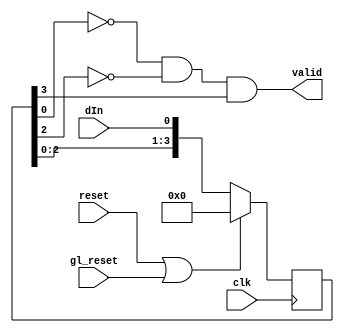
// Universal Asynchronous Receiver

        // Start detection
        module start_detect (valid, clk, reset, gl_reset, dIn);
        output       valid;
        input        clk, reset, gl_reset, dIn;
        reg    [3:0] shift_reg;

        always @ (posedge clk) begin
             if (reset | gl_reset)
                  shift_reg = 0;
             else
                  shift_reg = { shift_reg[2:0], dIn };
             end

        assign valid = (shift_reg [0] == 0) &
                       (shift_reg [2] == 0) &
                       (shift_reg [3] == 1);

        endmodule

        // controller
        module counter (count72, count8, clk, enable);
        output       count72, count8;
        input        clk, enable;
        wire         each8;
        reg    [8:0] count_reg;

        always @ (posedge clk)
             if (enable == 0)
                  count_reg <= 0;
             else begin
                  count_reg <= count_reg + 9'd1;
             end

        assign each8   = ((count_reg % 8) == 7);
        assign count72 = (count_reg == 71);
        assign count8  = each8 & ~count72;

        endmodule

        // serial parallel converter
        module ser_par_conv (dOut, clk, enable, dIn);
        output [7:0] dOut;
        input        clk, enable, dIn;
        reg    [7:0] dOut;

        always @ (posedge clk)
             if (enable == 1)
                  dOut = {dIn, dOut[7:1]};

        endmodule

        // flags for ready and data error
        module flags (dReady, dError, clk, set, gl_reset, reset, dIn);
        output dReady, dError;
        input  clk, set, gl_reset, reset, dIn;
        reg    dReady, dError;

        always @(posedge clk)
             if ((reset == 1) | (gl_reset == 1) | (dReady == 1)) begin
                  dReady = 0;
                  dError = 0;
                  end
             else if (set == 1) begin
                  dReady <= dIn;
                  dError <= ~dIn;
                  end

//        initial $monitor("dReady %b %b", dReady, dError, $time);

        endmodule

        // generating the run signals
        module control (running, clk, reset, gl_reset, set);
        output running;
        input  clk, reset, gl_reset, set;
        reg    running;

        always @ (posedge clk)
             if ((reset == 1) | (gl_reset == 1))
                  running  =  0;
             else if (set == 1)
                  running = 1;
        endmodule

        // overall receiver definition
        module uar (dOut, dReady, dError, clk, gl_reset, dIn);
        output [7:0] dOut;
        output       dReady, dError;
        input        clk, gl_reset, dIn;

        wire         running, finish, count8, start;

        start_detect s_d (start, clk, running, gl_reset, dIn);
        counter      cov (finish, count8, clk, running);
        ser_par_conv s_p (dOut, clk, count8, dIn);
        flags        fla (dReady, dError, clk, finish, gl_reset, start, dIn);
        control      con (running, clk, finish, gl_reset, start);

        endmodule

/*
        // test module
        module mytest;
        reg   clk, gl_reset, dIn;
        wire  [7:0] dOut;
        wire  dReady, dError;

        reg [7:0] inWord;

        uar mod1 (dOut, dReady, dError, clk, gl_reset, dIn);

        always #5 clk = ~clk;

        initial begin

             #0
             clk = 0;
             gl_reset = 1;
             inWord = 0;
             dIn = 1;
             #10
             gl_reset = 0;

             #80
             repeat (4) begin
                  // start of cycle

                  inWord = {$random} /2 % 128;
                  dIn = 1;

                  #80
                  dIn = 0;
                  #80
                  $display ("inWord = %b", inWord, $time);
                  repeat (8) begin
                       dIn    <= inWord[0];
                       inWord <= inWord >> 1;
                       #80;
                       end
                  $display ("outWord = %b (%b %b)", dOut, dReady, dError);
                  end
             // error condition 1
             dIn = 1;
             #80
             dIn = 0;
             #800
             $display ("outWord = %b (%b %b)", dOut, dReady, dError);
             $finish;
             end
        endmodule
*/


// -------------------------------------------------------
// Copyright (c) 2000 Jasper Design Automation, Inc.
//
// All rights reserved.
//
// Jasper Design Automation Proprietary and Confidential.
// -------------------------------------------------------